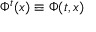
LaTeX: \Phi ^ { t } ( x ) \equiv \Phi ( t , x )